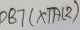
Text: PB7(XTAL2)